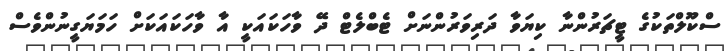
ސްކޫލްތަކުގެ ޓީޗަރުންނާ ކިޔަވާ ދަރިވަރުންނަށް ޓެބްލެޓް ދޭ ވާހަކައަކީ އާ ވާހަކައަކަށް ހަމަޔަގީނުންވެސް